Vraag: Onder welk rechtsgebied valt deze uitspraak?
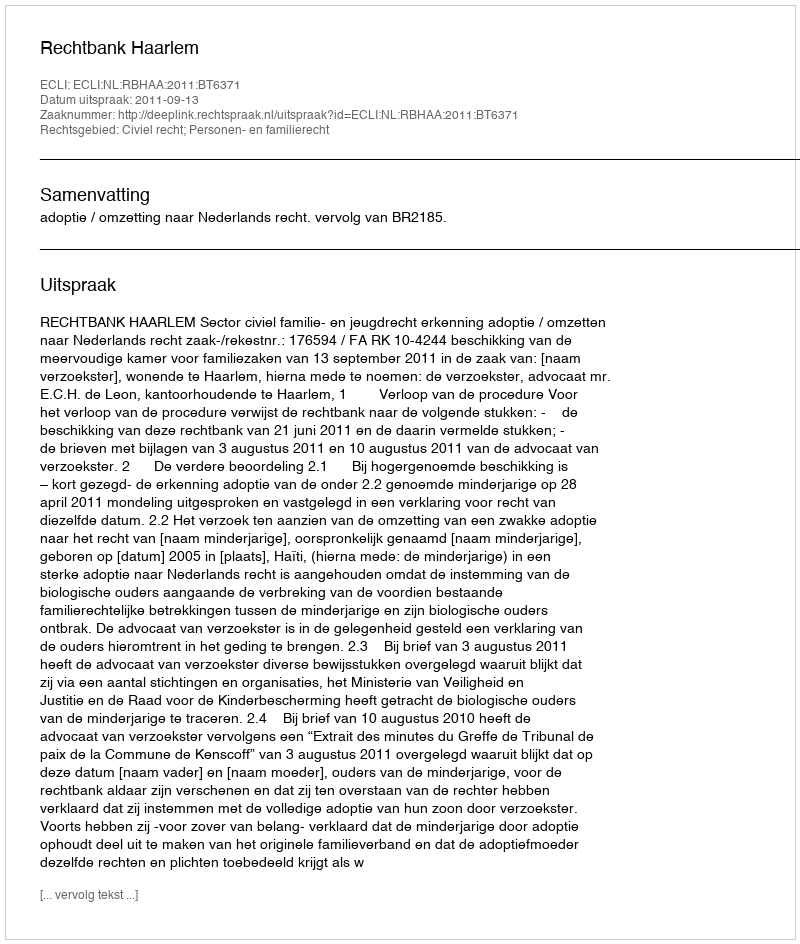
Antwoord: Civiel recht; Personen- en familierecht